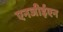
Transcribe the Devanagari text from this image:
एनजीईएन